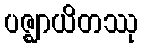
ပဇ္ဈာယိတဿု